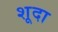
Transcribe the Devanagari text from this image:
शूदा